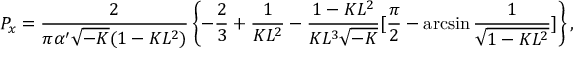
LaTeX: P _ { x } = \frac { 2 } { \pi \alpha ^ { \prime } \sqrt { - K } ( 1 - K L ^ { 2 } ) } \left\{ - \frac { 2 } { 3 } + \frac { 1 } { K L ^ { 2 } } - \frac { 1 - K L ^ { 2 } } { K L ^ { 3 } \sqrt { - K } } [ \frac { \pi } { 2 } - \arcsin \frac { 1 } { \sqrt { 1 - K L ^ { 2 } } } ] \right\} ,